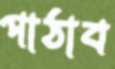
পাঠাব